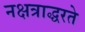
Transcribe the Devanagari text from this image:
नक्षत्राद्धरते